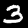
Digit: 3